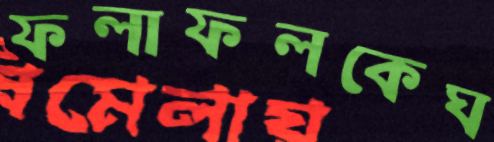
ফলাফলকেঘ